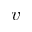
\bar { v }